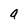
Character: a